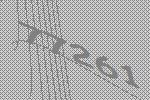
77261